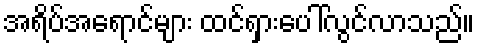
အရိပ်အရောင်များ ထင်ရှားပေါ်လွင်လာသည်။